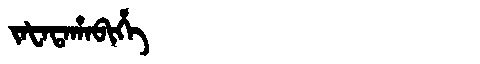
Manchu: ᠵᠠᡶᠠᡨᠠᡥᠠᠪᡳᡥᡝ
Romanization: JAFATAHABIHE